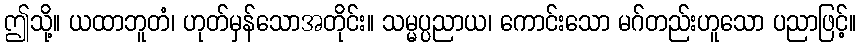
ဤသို့။ ယထာဘူတံ၊ ဟုတ်မှန်သောအတိုင်း။ သမ္မပ္ပညာယ၊ ကောင်းသော မဂ်တည်းဟူသော ပညာဖြင့်။